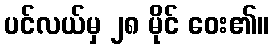
ပင်လယ်မှ ၂၈ မိုင် ဝေး၏။